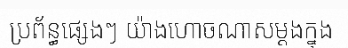
ប្រព័ន្ធផ្សេងៗ យ៉ាងហោចណាសម្តងក្នុង